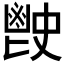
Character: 𩰡